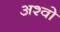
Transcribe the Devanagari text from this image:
अश्वो